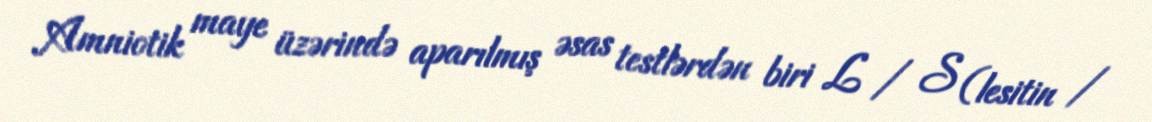
Amniotik maye üzərində aparılmış əsas testlərdən biri L / S (lesitin /